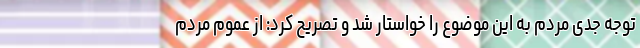
توجه جدی مردم به این موضوع را خواستار شد و تصریح کرد: از عموم مردم